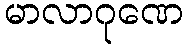
မာလာဂုဏေ